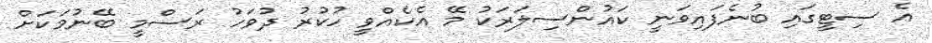
އެ ސިޓީގައި ބުނެފައިވަނީ ކައުންސިލަރަކު މޭ އެކެއްވީ ހުކުރު ދުވަހު ރަސްމީ ބޭނުމަކަށް